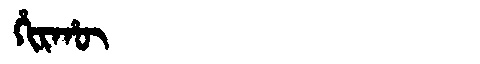
Manchu: ᡥᡳᡵᡥᡡ
Romanization: HIRHŪ